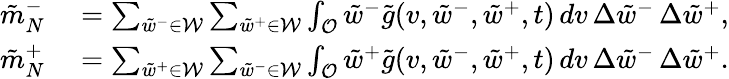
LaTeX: \begin{array}{rl}{\tilde{m}_{N}^{-}}&{{}=\sum_{\tilde{w}^{-}\in\mathcal{W}}\sum_{\tilde{w}^{+}\in\mathcal{W}}\int_{\mathcal{O}}\tilde{w}^{-}\tilde{g}(v,\tilde{w}^{-},\tilde{w}^{+},t)\, dv\, \Delta{\tilde{w}}^{-}\, \Delta{\tilde{w}}^{+},}\\ {\tilde{m}_{N}^{+}}&{{}=\sum_{\tilde{w}^{+}\in\mathcal{W}}\sum_{\tilde{w}^{-}\in\mathcal{W}}\int_{\mathcal{O}}\tilde{w}^{+}\tilde{g}(v,\tilde{w}^{-},\tilde{w}^{+},t)\, dv\, \Delta{\tilde{w}}^{-}\, \Delta{\tilde{w}}^{+}.}\end{array}